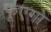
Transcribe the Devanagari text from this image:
फूएगो